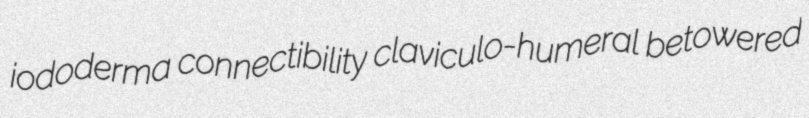
iododerma connectibility claviculo-humeral betowered